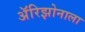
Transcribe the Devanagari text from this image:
अॅरिझोनाला